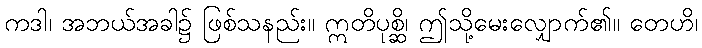
ကဒါ၊ အဘယ်အခါ၌ ဖြစ်သနည်း။ ဣတိပုစ္ဆိ၊ ဤသို့မေးလျှောက်၏။ တေဟိ၊